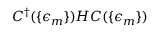
C ^ { \dagger } ( \{ \epsilon _ { m } \} ) H C ( \{ \epsilon _ { m } \} )